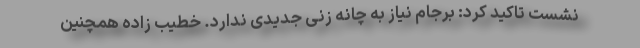
نشست تاکید کرد: برجام نیاز به چانه زنی جدیدی ندارد. خطیب زاده همچنین